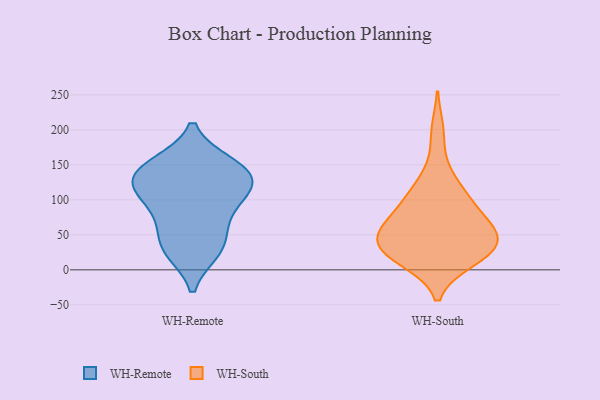
{"axis": {"x": "Market Share (%)", "y": "Value"}, "legend": ["WH-Remote", "WH-South"], "data": [{"x": "", "y": 134, "type": "WH-Remote"}, {"x": "", "y": 26, "type": "WH-Remote"}, {"x": "", "y": 127, "type": "WH-Remote"}, {"x": "", "y": 73, "type": "WH-Remote"}, {"x": "", "y": 26, "type": "WH-Remote"}, {"x": "", "y": 36, "type": "WH-Remote"}, {"x": "", "y": 151, "type": "WH-Remote"}, {"x": "", "y": 65, "type": "WH-Remote"}, {"x": "", "y": 121, "type": "WH-Remote"}, {"x": "", "y": 149, "type": "WH-Remote"}, {"x": "", "y": 98, "type": "WH-Remote"}, {"x": "", "y": 152, "type": "WH-Remote"}, {"x": "", "y": 118, "type": "WH-Remote"}, {"x": "", "y": 108, "type": "WH-Remote"}, {"x": "", "y": 79, "type": "WH-South"}, {"x": "", "y": 105, "type": "WH-South"}, {"x": "", "y": 13, "type": "WH-South"}, {"x": "", "y": 51, "type": "WH-South"}, {"x": "", "y": 110, "type": "WH-South"}, {"x": "", "y": 32, "type": "WH-South"}, {"x": "", "y": 198, "type": "WH-South"}, {"x": "", "y": 54, "type": "WH-South"}, {"x": "", "y": 14, "type": "WH-South"}, {"x": "", "y": 103, "type": "WH-South"}, {"x": "", "y": 47, "type": "WH-South"}, {"x": "", "y": 23, "type": "WH-South"}, {"x": "", "y": 27, "type": "WH-South"}, {"x": "", "y": 61, "type": "WH-South"}, {"x": "", "y": 51, "type": "WH-South"}, {"x": "", "y": 80, "type": "WH-South"}, {"x": "", "y": 19, "type": "WH-South"}, {"x": "", "y": 46, "type": "WH-South"}, {"x": "", "y": 141, "type": "WH-South"}]}